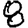
Digit: 8